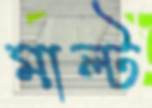
মাল্ট